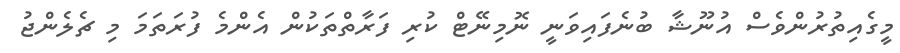
މީގެއިތުރުންވެސް އުނޫޝާ ބުނެފައިވަނީ ނޮމިނޭޓް ކުރި ފަރާތްތަކުން އެންމެ ފުރަތަމަ މި ޗެލެންޖު